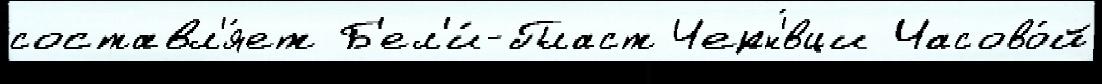
составл'я́ет Б'ел'и́-Пласт Черн'́вци Часово́й